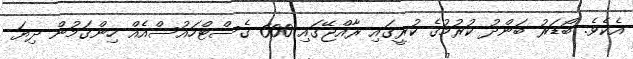
އެކެވެ. ބޯޑަރު ބަންދު ކުރުމުގެ ކުރީގައި ރާއްޖޭގައި 600 ގެސްޓްހައުސްއެއް ހިންގަމުން ދިޔަ